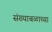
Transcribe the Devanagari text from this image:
संख्याबळाच्या